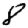
Digit: 8